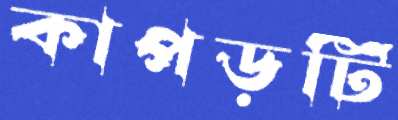
কাপড়টি